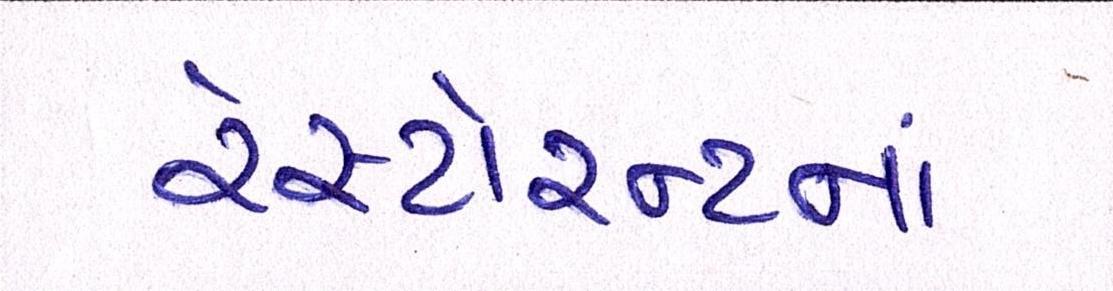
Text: રેસ્ટોરન્ટનાં